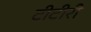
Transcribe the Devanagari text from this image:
टीटीरी